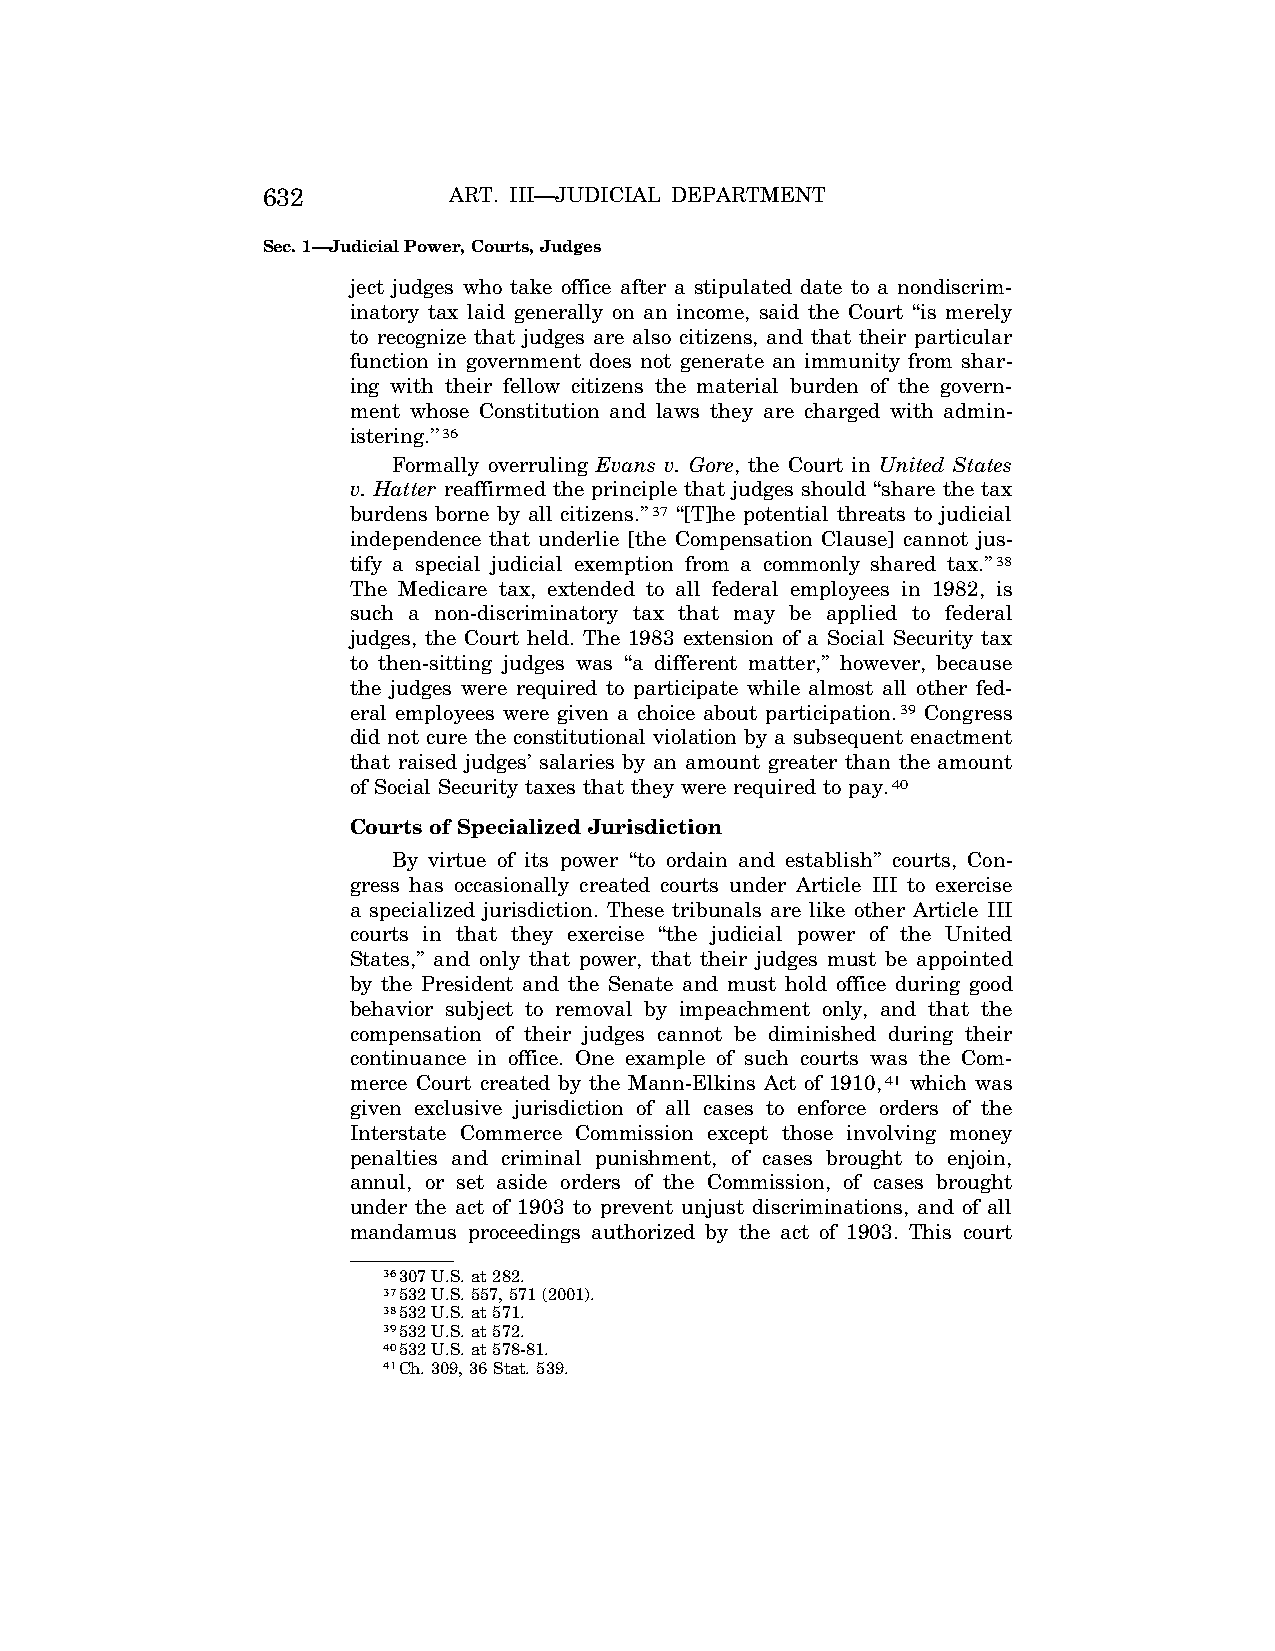
632          ART. III—JUDICIAL DEPARTMENT
 Sec. 1—Judicial Power, Courts, Judges
 ject judges who take office after a stipulated date to a nondiscrim-
 inatory tax laid generally on an income, said the Court ‘‘is merely
 to recognize that judges are also citizens, and that their particular
 function in government does not generate an immunity from shar-
 ing with their fellow citizens the material burden of the govern-
 ment whose Constitution and laws they are charged with admin-
 istering.’’36
 Formally overruling Evans v. Gore, the Court in United States
 v. Hatter reaffirmed the principle that judges should ‘‘share the tax
 burdens borne by all citizens.’’37 ‘‘[T]he potential threats to judicial
 independence that underlie [the Compensation Clause] cannot jus-
 tify a special judicial exemption from a commonly shared tax.’’38
 The Medicare tax, extended to all federal employees in 1982, is
 such a non-discriminatory tax that may be applied to federal
 judges, the Court held. The 1983 extension of a Social Security tax
 to then-sitting judges was ‘‘a different matter,’’ however, because
 the judges were required to participate while almost all other fed-
 eral employees were given a choice about participation.39 Congress
 did not cure the constitutional violation by a subsequent enactment
 that raised judges’ salaries by an amount greater than the amount
 of Social Security taxes that they were required to pay.40
 Courts of Specialized Jurisdiction
 By virtue of its power ‘‘to ordain and establish’’ courts, Con-
 gress has occasionally created courts under Article III to exercise
 a specialized jurisdiction. These tribunals are like other Article III
 courts in that they exercise ‘‘the judicial power of the United
 States,’’ and only that power, that their judges must be appointed
 by the President and the Senate and must hold office during good
 behavior subject to removal by impeachment only, and that the
 compensation of their judges cannot be diminished during their
 continuance in office. One example of such courts was the Com-
 merce Court created by the Mann-Elkins Act of 1910,41 which was
 given exclusive jurisdiction of all cases to enforce orders of the
 Interstate Commerce Commission except those involving money
 penalties and criminal punishment, of cases brought to enjoin,
 annul, or set aside orders of the Commission, of cases brought
 under the act of 1903 to prevent unjust discriminations, and of all
 mandamus proceedings authorized by the act of 1903. This court
 36307 U.S. at 282.
 37532 U.S. 557, 571 (2001).
 38532 U.S. at 571.
 39532 U.S. at 572.
 40532 U.S. at 578-81.
 41Ch. 309, 36 Stat. 539.
 VerDate Apr<15>2004 08:36 Apr 29, 2004 Jkt 077500 PO 00000 Frm 00006 Fmt 8222 Sfmt 8222 C:\CONAN\CON013.SGM PRFM99 PsN: CON013